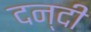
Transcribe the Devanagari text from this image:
दन्दी